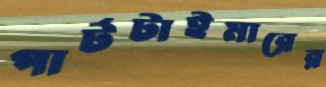
পার্টটাইমারের